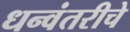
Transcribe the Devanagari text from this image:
धन्वंतरीचे